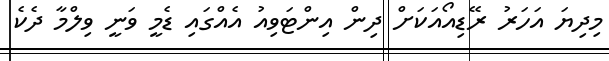
މިދިޔަ އަހަރު ރޭޑިއޯއަކަށް ދިން އިންޓަވިއު އެއްގައި ޑެމީ ވަނީ ވިލްމާ ދެކެ